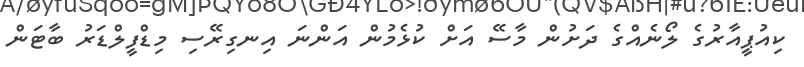
ކިއުޕީއާރުގެ ލޯނެއްގެ ދަށުން މާސޭ އަށް ކުޅެމުން އަންނަ އިނގިރޭސި މިޑްފީލްޑަރު ބާޓަން